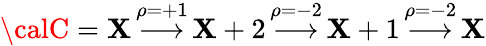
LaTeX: {\calC}=\mathbf{X}\, {\overset{\rho=+1}{\longrightarrow}}\, \mathbf{X}+2\, {\overset{\rho=-2}{\longrightarrow}}\, \mathbf{X}+1\, {\overset{\rho=-2}{\longrightarrow}}\, \mathbf{X}